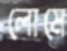
লোমে